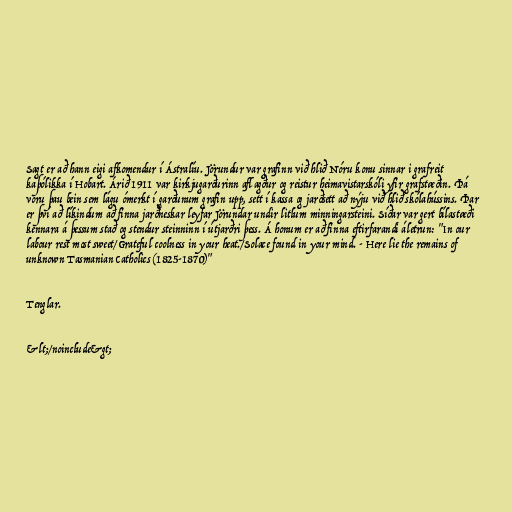
Sagt er að hann eigi afkomendur í Ástralíu. Jörundur var grafinn við hlið Nóru konu sinnar i grafreit
kaþólikka í Hobart. Árið 1911 var kirkjugarðurinn aflagður og reistur heimavistarskóli yfir grafstæðin. Þá
voru þau bein sem lágu ómerkt í garðunum grafin upp, sett í kassa og jarðsett að nýju við hlið skólahússins. Þar
er því að líkindum að finna jarðneskar leyfar Jörundar undir litlum minningarsteini. Síðar var gert bílastæði
kennara á þessum stað og stendur steinninn í útjarðri þess. Á honum er að finna eftirfarandi áletrun: "In our
labour rest most sweet/Grateful coolness in your heat./Solace found in your mind. - Here lie the remains of
unknown Tasmanian Catholics (1825-1870)"

Tenglar.

&lt;/noinclude&gt;